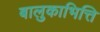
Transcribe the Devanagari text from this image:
बालुकाभित्ति